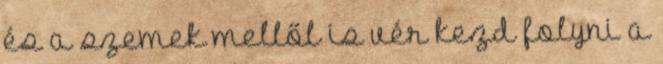
és a szemek mellől is vér kezd folyni a